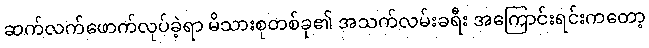
ဆက်လက်ဖောက်လုပ်ခဲ့ရာ မိသားစုတစ်ခု၏ အသက်လမ်းခရီး အကြောင်းရင်းကတော့